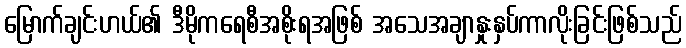
မြောက်ချင်းဟယ်၏ ဒီမိုကရေစီအစိုးရအဖြစ် အသေအချာနှုးနှပ်ကာလိုးခြင်းဖြစ်သည်